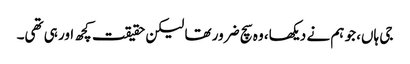
جی ہاں، جو ہم نے دیکھا، وہ سچ ضرور تھا لیکن حقیقت کچھ اور ہی تھی۔